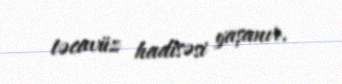
təcavüz hadisəsi yaşanır.